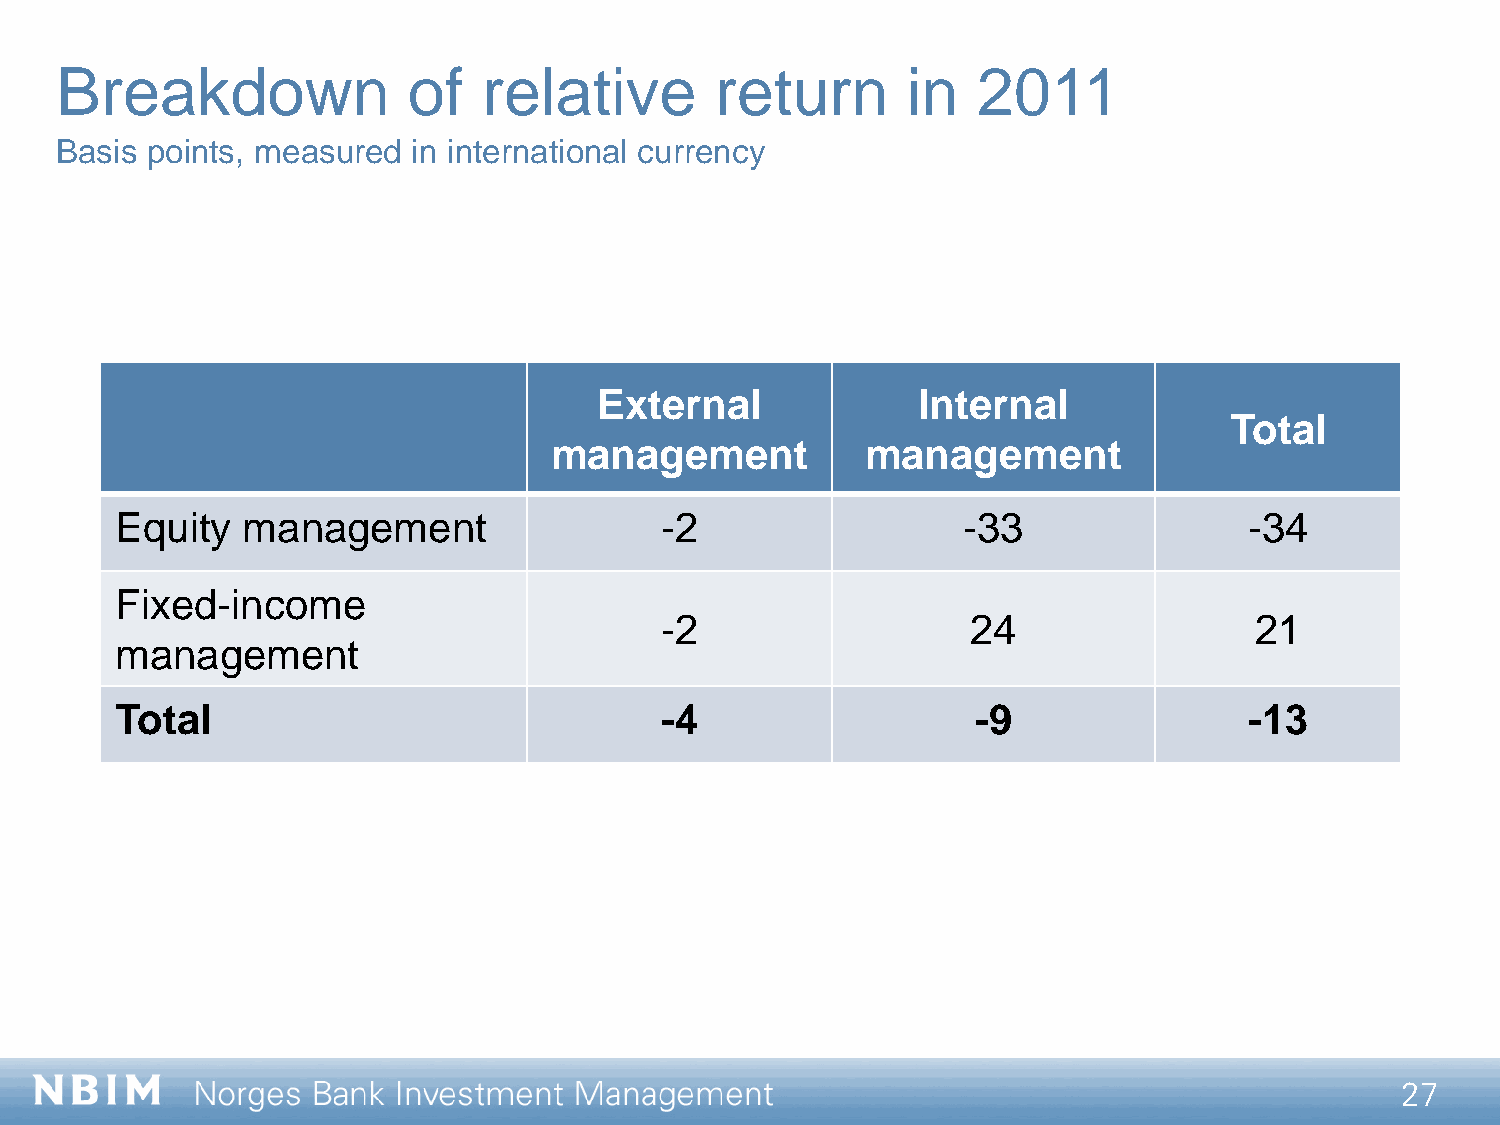
Breakdown              of   relative       return       in   2011
 Basis points, measured in international currency
 External             Internal
 Total
 management           management
 Equity  management                  -2                  -33                -34
 Fixed-income
 -2                  24                 21
 management
 Total                               -4                   -9                -13
 27